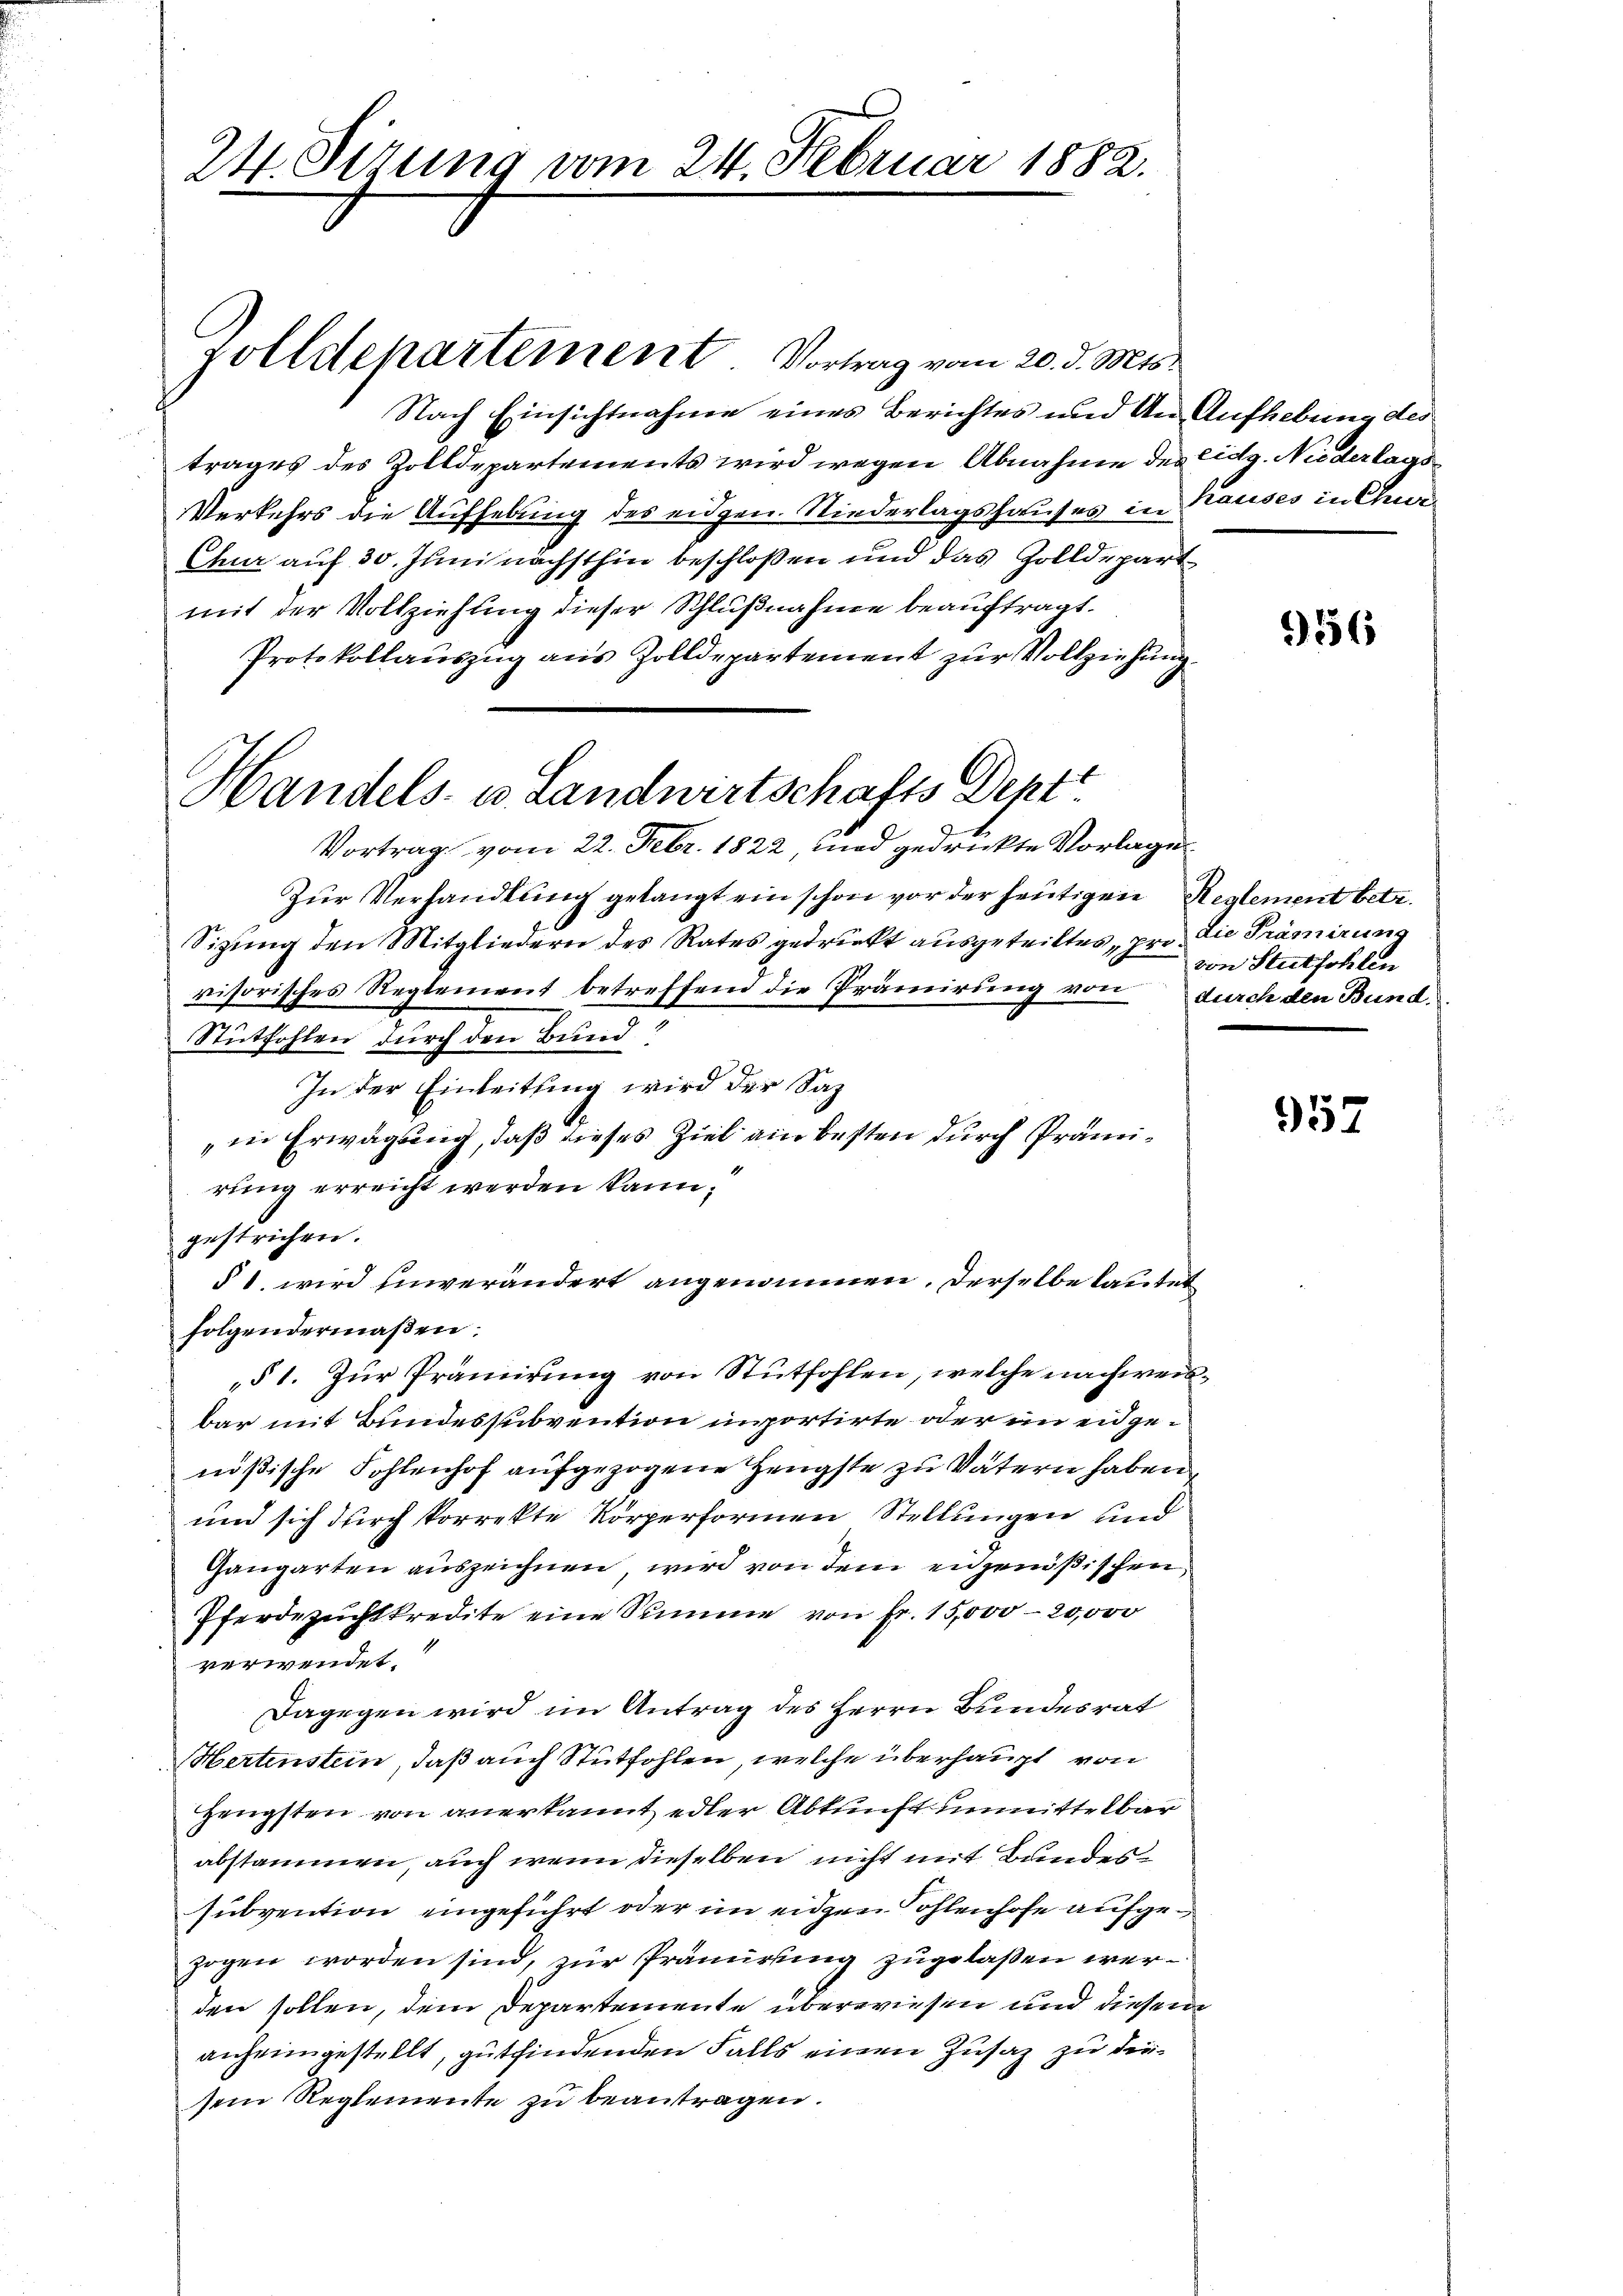
24. Sizung vom 24. Februar 1882.

zolldepartement Vortrag vom 20. d. Mts.

Nach Einsichtnahme eines Berichtes und An Aufhebung des
trages des Zolldepartements wird wegen Abnahme des Eidg. Niederland
Verkehrs die Aufhebung des eidgen. Niederlagshauses in Tauses in Chri
Chur auf 30. Juni nächsthin beschloßen und das Zolldepart
mit der Vollziehung dieser Schlußnahme beauftragt.
Protokollauszug aus Zolldepartement zur Vollziehung
Vortrag vom 22. Febr. 1822, und gedruckte Vorlage
Zur Verhandlung gelangt ein schon vor der heutigen Reglement betr.
Sizung den Mitgliedern des Rates gedruckt ausgeteiltes, pro die Prämirung
visorisches Reglement betreffend die Prämirung von durch den Bund¬
Stütfohlen durch den Bund
In der Einleitung wird der Sac
in Erwägung, daß dieses Ziel ain besten durch Prämirung erreicht werden kann.
gestrichen.
§ 1. wird unverändert angenommen, derselbe lautet
folgendermaßen.
§ 1. Zŭr Prämierŭng von Stŭtfohlen, welche nachweis-
bar mit Bundessubvention importirte oder in eidgenößische Fohlenhof aufgezogene Hengste zu Vatern haben,
und sich durch korrekte Körperformen Stellungen und
Gangarten auszeichnen, wird von dem eidgenößischen
Pferdezuchtkredite eine Summe von Fr. 15,000 - 20,000
verwendet.
Dagegen wird im Antrag des Herrn Bundesrat
ertenstein, daß auch Stutfohlen, welche überhaupt von
Hengsten von anerkannt, edler Abkunft unmittelbar
abstammen, auch wenn dieselben nicht mit Bundessubvention eingeführt oder im eiden Sohlenhofe aufgezogen worden sind, zur Prämirung zugelaßen werden sollen, dem Departemente überwiesen und diesem
anheimgestellt, gutfindenden Falls einen Zusatz zu diesein Reglemente zu beantragen.

Handels- u. Landwirtschafts Dept.

556

von Stathohlen

957